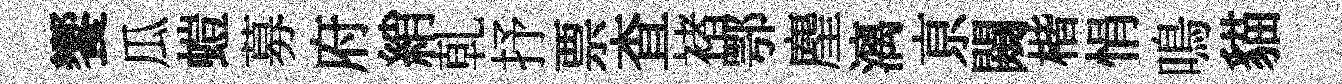
饗瓜螘募府綃乹抒票查褚鄂麈漓亰闚楷悁鳴貓